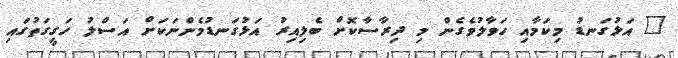
" އަޅުގަނޑު މިކަމާއި ހަވާލުވެގެން މި ދިރާސާކޮށް ބެލިއިރު އަޅުގަނޑުމެންނަކަށް އަސްލު ހަގީގަތުގައި